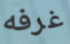
غرفه